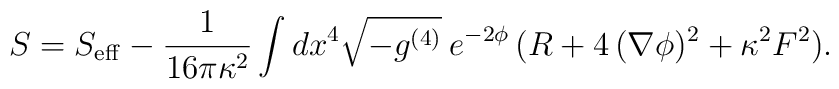
S=S_{\rm eff}-\frac{1}{16\pi\kappa^2}\int dx^4\sqrt{-g^{(4)}}\:e^{-2\phi}\,(R+4\,(\nabla\phi)^2+\kappa^2F^2).